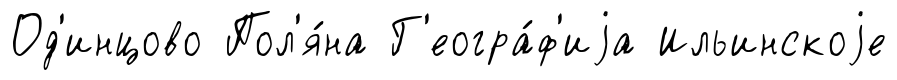
Од'инцово Пол'я́на Г'еогра́ф'иjа Ильинскоjе